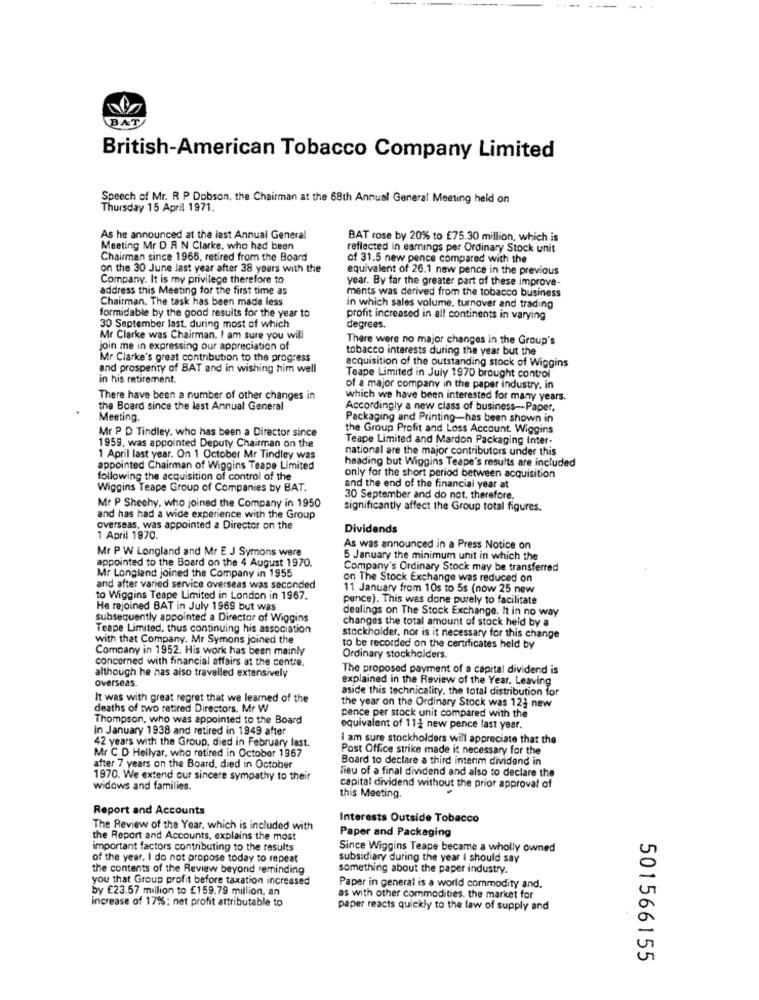
BAT
British-American Tobacco Company Limited
Speech of Mr. R P Dobson, the Chairman at the 68th Annual General Meeting held on
Thursday 15 April 1971.
As he announced at the last Annual General
BAT rose by 20% to £75.30 million, which is
Meeting Mr D R N Clarke, who had been
reflected in earnings per Ordinary Stock unit
Chairman since 1968, retired from the Board
of 31.5 new pence compared with the
on the 30 June last year after 38 years with the
equivalent of 26.1 new pence in the previous
Company. It is my privilege therefore to
year. By far the greater part of these improve-
address this Meeting for the first time as
ments was derived from the tobacco business
Chairman, The task has been made less
formidable by the good results for the year to
in which sales volume, turnover and trading
profit increased in all continents in varying
30 September last. during most of which
degrees.
Mr Clarke was Chairman. I am sure you will
There were no major changes in the Group's
join me in expressing our appreciation of
tobacco interests during the year but the
Mr Clarke's great contribution to the progress
and prosperity of BAT and in wishing him well
acquisition of the outstanding stock of Wiggins
in his retirement.
Teape Limited in July 1970 brought control
of a major company in the paper industry. in
There have been a number of other changes in
which we have been interested for many years.
the Board since the last Annual General
Accordingly a new class of business-Paper,
Meeting
Packaging and Printing-has been shown in
Mr P D Tindley, who has been a Director since
the Group Profit and Loss Account. Wiggins
Teape Limited and Mardon Packaging Inter-
1959. was appointed Deputy Chairman on the
national are the major contributors under this
1 April last year. On 1 October Mr Tindley was
heading but Wiggins Teape's results are included
appointed Chairman of Wiggins Teape Limited
following the acquisition of control of the
only for the short period between acquisition
Wiggins Teape Group of Companies by BAT.
and the end of the financial year at
30 September and do not, therefore.
Mr P Shechy, who joined the Company in 1950
significantly affect the Group total figures.
and has had a wide experience with the Group
overseas, was appointed a Director on the
Dividends
1 April 1970.
Mr P W Longland and Mr E J Symons were
As was announced in a Press Notice on
appointed to the Board on the 4 August 1970.
5 January the minimum unit in which the
Company's Ordinary Stock may be transferred
Mr Longland joined the Company in 1955
on The Stock Exchange was reduced on
and after varied service overseas was seconded
11 January from 10s to 5s (now 25 new
to Wiggins Teape Limited in London in 1967.
pence). This was done purely to facilitate
He rejoined BAT in July 1969 but was
dealings on The Stock Exchange. It in no way
subsequently appointed a Director of Wiggins
changes the total amount of stock held by a
Teape Limited, thus continuing his association
with that Company. Mr Symons joined the
stockholder, nor is it necessary for this change
Company in 1952. His work has been mainly
to be recorded on the certificates held by
concerned with financial affairs at the centre.
Ordinary stockholders.
although he has also travelled extensively
The proposed payment of a capital dividend is
explained in the Review of the Year. Leaving
overseas.
aside this technicality. the total distribution for
It was with great regret that we learned of the
deaths of two retired Directors. Mr W
the year on the Ordinary Stock was 123 new
Thompson, who was appointed to the Board
pence per stock unit compared with the
In January 1938 and retired in 1949 after
equivalent of 112 new pence last year.
42 years with the Group, died in February last.
I am sure stockholders will appreciate that the
Post Office strike made it necessary for the
Mr C D Hellyar, who retired in October 1967
Board to declare a third interim dividend in
after 7 years on the Board, died in October
lieu of a final dividend and also to declare the
1970. We extend our sincere sympathy to their
widows and families.
capital dividend without the prior approval of
this Meeting.
Report and Accounts
Interests Outside Tobacco
The Review of the Year, which is included with
Paper and Packaging
the Report and Accounts, explains the most
important factors contributing to the results
Since Wiggins Teape became a wholly owned
of the year. I do not propose today to repeat
subsidiary during the year I should say
the contents of the Review beyond reminding
something about the paper industry.
you that Group profit before taxation increased
by £23.57 million to £159.79 million, an
Paper in general is a world commodity and.
increase of 17%: net profit attributable to
as with other commodities, the market for
paper reacts quickly to the law of supply and
501566155